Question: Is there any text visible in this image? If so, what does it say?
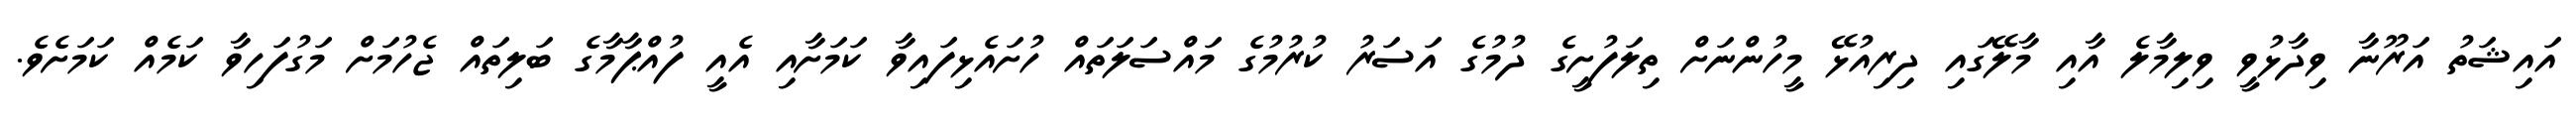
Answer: އައިޝަތު އަރޫނާ ވިދާޅުވީ ވިލިމާލެ އާއި މާލޭގައި ދިރިއުޅޭ މީހުންނަށް ތިލަފުށީގެ ދުމުގެ އަސަރު ކުރުމުގެ މައްސަލަތައް ހުށައެޅިފައިވާ ކަމަށާއި އެއީ ފުއްޕާމާގެ ބަލިތައް ޖެހުމަށް މަގުފަހިވާ ކަމެއް ކަމަށެވެ.